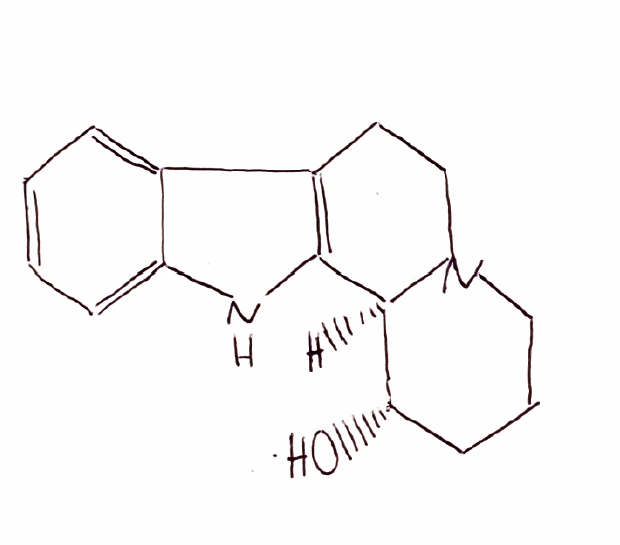
Simplified molecular-input line-entry system (SMILES) notation of the given molecule:
C1C[C@@H]([C@H]2C3=C(CCN2C1)C4=CC=CC=C4N3)O